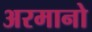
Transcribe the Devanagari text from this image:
अरमानो